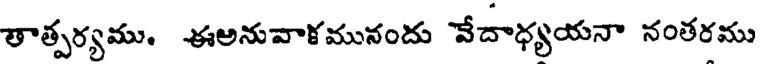
తాత్పర్యము. ఈఅనువాళమునందు వేదాధ్యయనా నంతరము